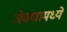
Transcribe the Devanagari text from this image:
जेवणामध्ये